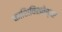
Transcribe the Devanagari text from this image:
काशिविश्वेश्वर